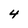
Character: 4